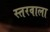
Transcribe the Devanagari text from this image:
स्तरवाला